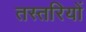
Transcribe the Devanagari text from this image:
तस्तरियों